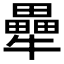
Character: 𭷶